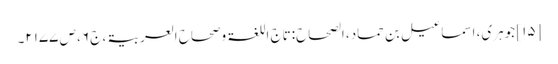
[۱۵] جوہری، اسماعیل بن حماد، الصحاح:تاج اللغۃ وصحاح العربیۃ، ج ۶، ص ۲۱۷۷۔